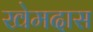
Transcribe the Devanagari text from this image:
खेमदास